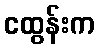
ငထွန်းက